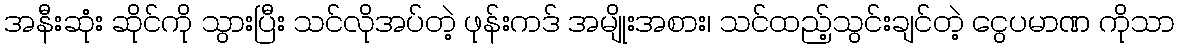
အနီးဆုံး ဆိုင်ကို သွားပြီး သင်လိုအပ်တဲ့ ဖုန်းကဒ် အမျိုးအစား၊ သင်ထည့်သွင်းချင်တဲ့ ငွေပမာဏ ကိုသာ